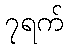
၇ရက်